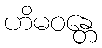
ဟိမဝန္တေ